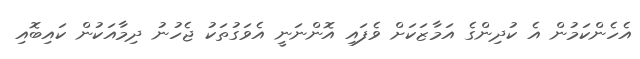
އެހެންކަމުން އެ ކުދިންގެ އަމާޒަކަށް ވެފައި އޮންނަނީ އެވަގުތަކު ޖެހުނު ދިމާއަކުން ކައިބޮއި